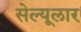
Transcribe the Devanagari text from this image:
सेल्यूलार